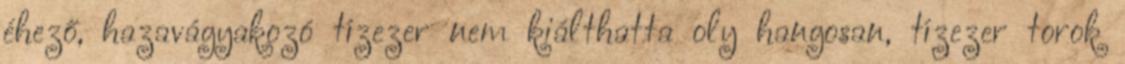
éhező, hazavágyakozó tízezer nem kiálthatta oly hangosan, tízezer torok